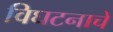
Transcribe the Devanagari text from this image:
विघटनाचे